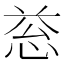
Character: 𢚱